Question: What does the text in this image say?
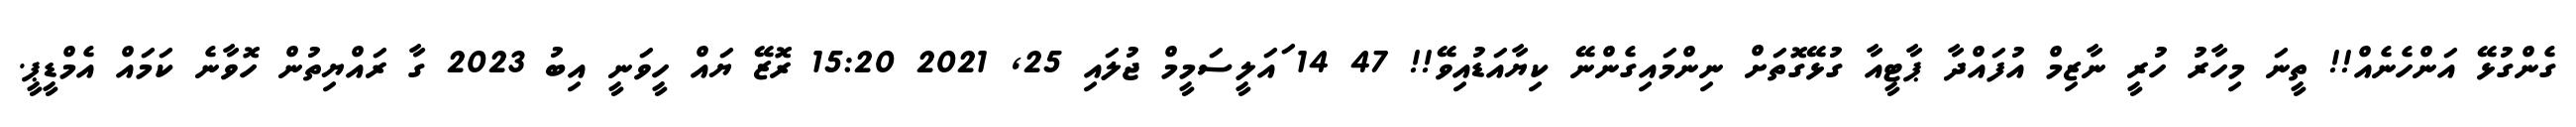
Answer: ގެންގުޅޭ އަންހެނެއް!! ތީނަ މިހާރު ހުރީ ނާޒިމް އުފައްދާ ޕާޓީއާ ގުޅޭގޮތަށް ނިންމައިގެންނޭ ކިޔާއަޑުއިވޭ!! 47 14 ައަލީސަމީމް ޖުލައި 25, 2021 15:20 ރޮޒޭ ޔައް ހީވަނީ އިބު 2023 ގާ ރައްޔިތުން ހޮވާނެ ކަމައް އެމްޑީޕީ.